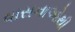
વાસનાઓથી